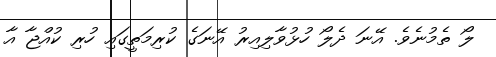
ލޯ ތެމުނެވެ. އޭނަ ދެލޯ ހުޅުވާލިއިރު އޭނަގެ ކުރިމަތީގައި ހުރި ކުއްޖާ އާ